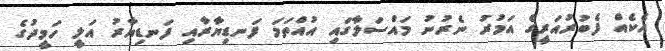
އެކެއް ފެބުރުއަރީގެ އަމުރު ނެރުނު މައްސަލާގައި އުއްތަމަ ފަނޑިޔާރާއި ފަނޑިޔާރު އަލީ ހަމީދުގެ